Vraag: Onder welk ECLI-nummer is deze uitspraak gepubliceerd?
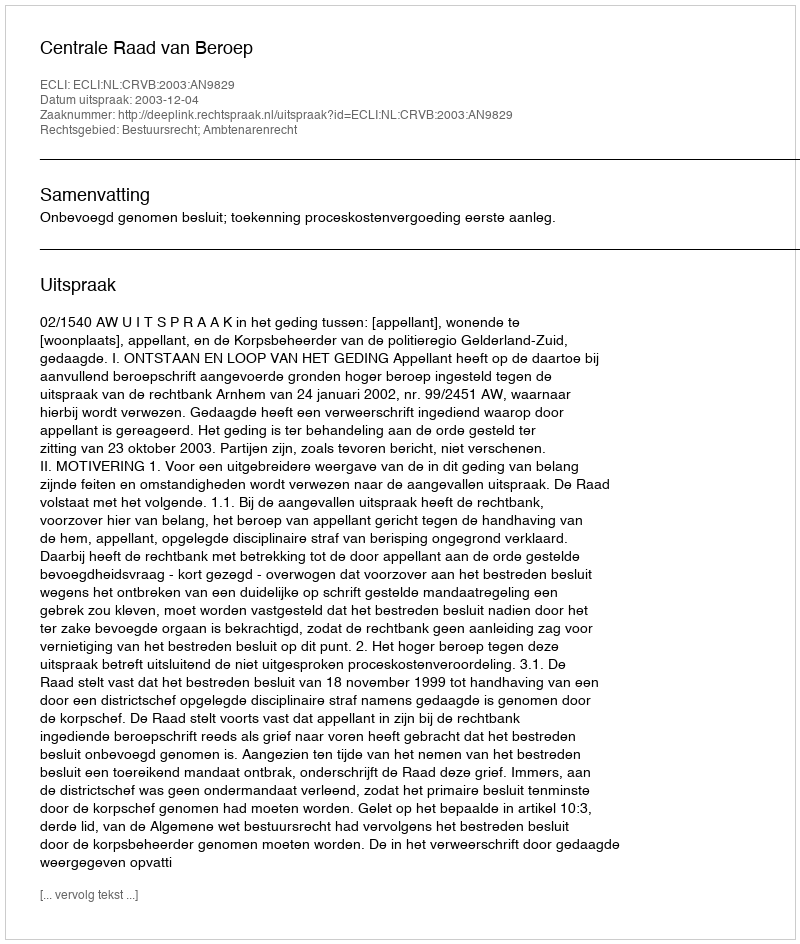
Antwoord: ECLI:NL:CRVB:2003:AN9829